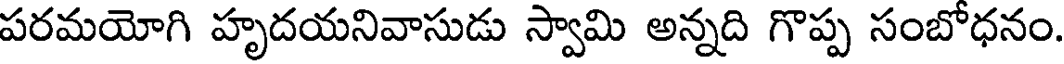
పరమయోగి హృదయనివాసుడు స్వామి అన్నది గొప్ప సంబోధనం